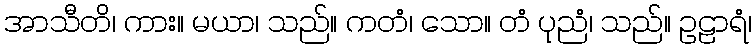
အာသီတိ၊ ကား။ မယာ၊ သည်။ ကတံ၊ သော။ တံ ပုညံ၊ သည်။ ဥဠာရံ၊